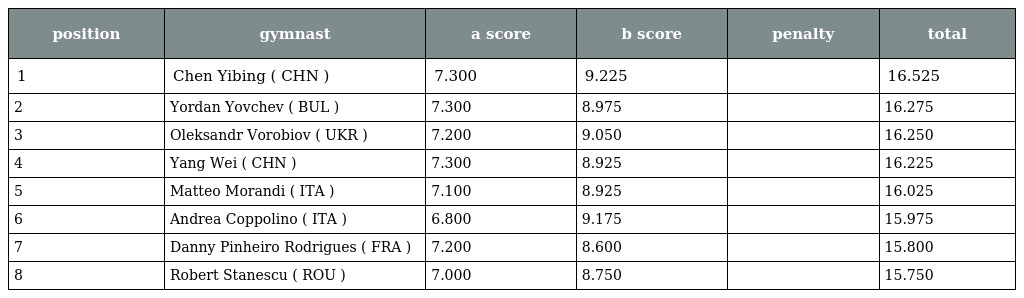
| position | gymnast | a score | b score | penalty | total |
 | --- | --- | --- | --- | --- | --- |
 | 1 | Chen Yibing ( CHN ) | 7.300 | 9.225 |  | 16.525 |
 | 2 | Yordan Yovchev ( BUL ) | 7.300 | 8.975 |  | 16.275 |
 | 3 | Oleksandr Vorobiov ( UKR ) | 7.200 | 9.050 |  | 16.250 |
 | 4 | Yang Wei ( CHN ) | 7.300 | 8.925 |  | 16.225 |
 | 5 | Matteo Morandi ( ITA ) | 7.100 | 8.925 |  | 16.025 |
 | 6 | Andrea Coppolino ( ITA ) | 6.800 | 9.175 |  | 15.975 |
 | 7 | Danny Pinheiro Rodrigues ( FRA ) | 7.200 | 8.600 |  | 15.800 |
 | 8 | Robert Stanescu ( ROU ) | 7.000 | 8.750 |  | 15.750 |